Civil Veterinary Dept. North-West Frontier Province 1933-46 - 1933-1946
Year: 1933
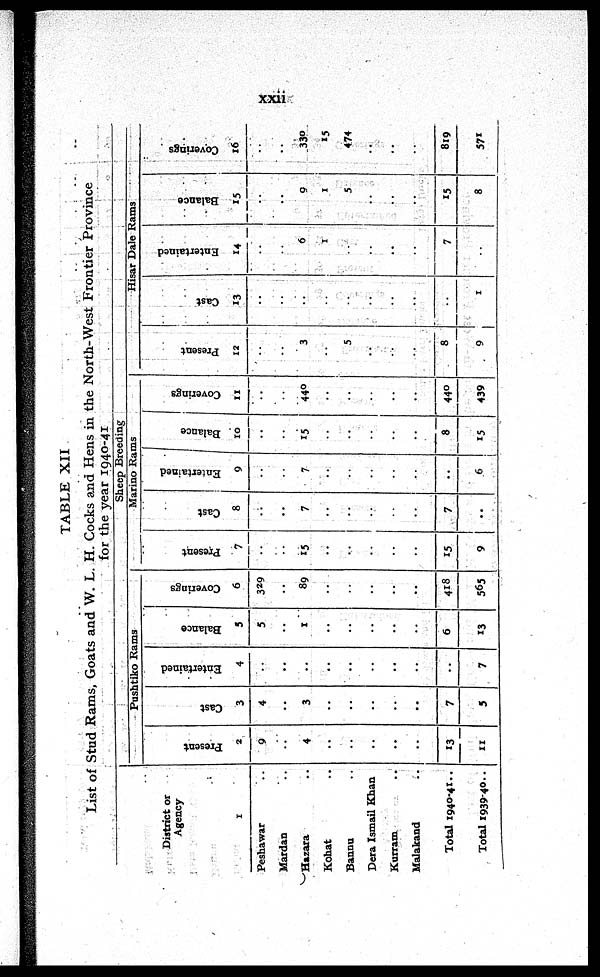
xxii
TABLE XII
List of Stud Rams, Goats and W. L. H. Cocks and Hens in the North-West Frontier Province
for the year 1940-41
District or
Agency
1
Peshawar ..
Mardan ..
Hazara ..
Kohat ..
Bannu ..
Dera Ismail Khan ..
Kurram ..
Malakand ..
Total 1940-41 ..
Total 1939-40 ..
Sheep Breeding
Pushtiko Rams
Present
2
9
..
4
..
..
..
..
..
13
11
Cast
3
4
..
3
..
..
..
..
..
7
5
Entertained
4
..
..
..
..
..
..
..
..
7
Balance
3
5
..
1
..
..
..
..
..
6
13
Coverings
6
329
..
89
..
..
..
..
..
418
565
Marino Rams
Present
7
..
..
15
..
..
..
..
..
15
9
Cast
8
..
..
7
..
..
..
..
..
7
..
Entertained
9
..
..
7
..
..
..
..
..
..
6
Balance
10
..
..
15
..
..
..
..
..
8
15
Coverings
11
..
..
440
..
..
..
..
..
440
439
Hisar Dale Rams
Present
12
..
..
3
..
5
..
..
..
8
9
Cast
13
..
..
..
..
..
..
..
..
..
1
Entertained
14
..
..
6
1
..
..
..
..
7
Balance
15
..
..
9
1
5
..
..
..
15
8
Coverings
16
..
..
330
15
474
..
..
..
819
571